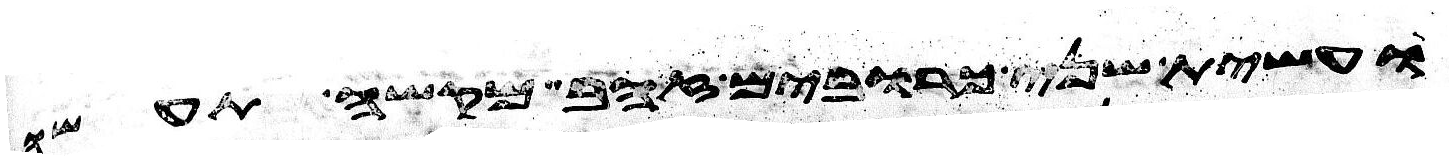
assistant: ועשית שני כרובים זהב מקשה תעשה